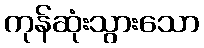
ကုန်ဆုံးသွားသော